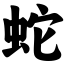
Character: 蛇